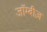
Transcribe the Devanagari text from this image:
जॉम्बीज़